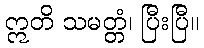
ဣတိ သမတ္တံ၊ ပြီးပြီ။